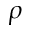
\rho